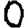
Digit: 0